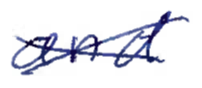
Text: and
Cross-out: cross
Writing tool: ballpoint